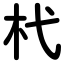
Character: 杙